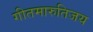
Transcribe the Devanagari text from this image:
गीतमारुतिजय